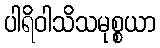
ပါရိဝါသိသမုစ္စယာ